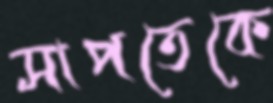
সাপতেকে